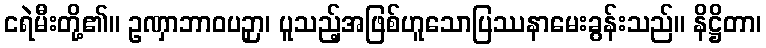
ငရဲမီးတို့၏။ ဥဏှာဘာဝပဉှာ၊ ပူသည့်အဖြစ်ဟူသောပြဿနာမေးခွန်းသည်။ နိဋ္ဌိတာ၊